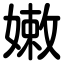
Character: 嫩